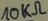
Text: 10KΩ